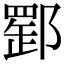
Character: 𨝪